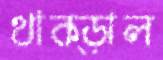
থাক্‌ড়াল